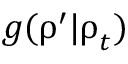
g ( \boldsymbol \uprho ^ { \prime } | \boldsymbol \uprho _ { t } )